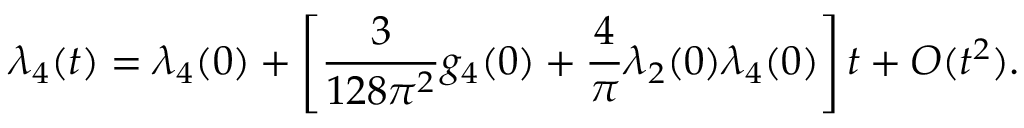
\lambda _ { 4 } ( t ) = \lambda _ { 4 } ( 0 ) + \left[ { \frac { 3 } { 1 2 8 \pi ^ { 2 } } } g _ { 4 } ( 0 ) + { \frac { 4 } { \pi } } \lambda _ { 2 } ( 0 ) \lambda _ { 4 } ( 0 ) \right] t + { \cal O } ( t ^ { 2 } ) .